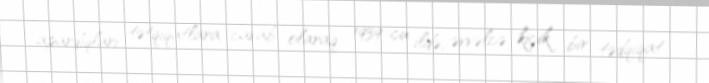
apardıqları tətqiqatlara cavab olaraq 1939-cu ildə, əvvəlcə kiçik bir tədqiqat